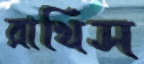
রাখিস